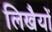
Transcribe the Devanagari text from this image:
लिखैयों